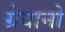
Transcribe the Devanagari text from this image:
ग्रेवानो